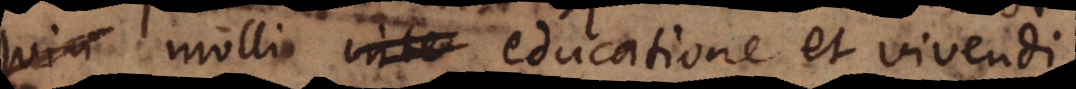
in molli educatione et vivendi